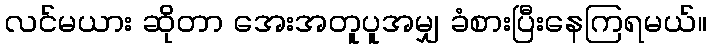
လင်မယား ဆိုတာ အေးအတူပူအမျှ ခံစားပြီးနေကြရမယ်။